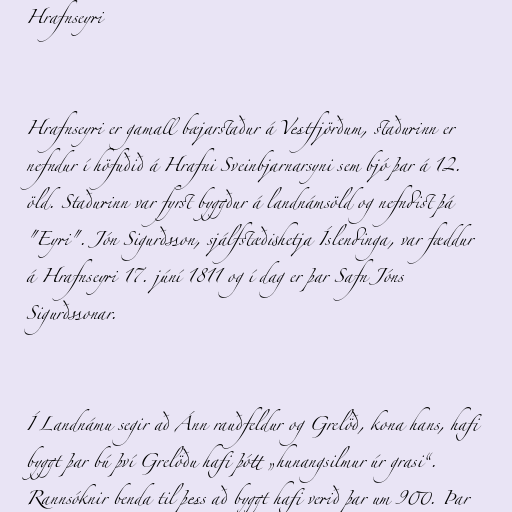
Hrafnseyri

Hrafnseyri er gamall bæjarstaður á Vestfjörðum, staðurinn er
nefndur í höfuðið á Hrafni Sveinbjarnarsyni sem bjó þar á 12.
öld. Staðurinn var fyrst byggður á landnámsöld og nefndist þá
"Eyri". Jón Sigurðsson, sjálfstæðishetja Íslendinga, var fæddur
á Hrafnseyri 17. júní 1811 og í dag er þar Safn Jóns
Sigurðssonar.

Í Landnámu segir að Ánn rauðfeldur og Grelöð, kona hans, hafi
byggt þar bú því Grelöðu hafi þótt „hunangsilmur úr grasi“.
Rannsóknir benda til þess að byggt hafi verið þar um 900. Þar